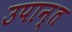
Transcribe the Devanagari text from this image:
उपान्त